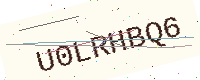
Text: U0LRHBQ6